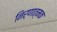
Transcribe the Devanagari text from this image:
निर्णात्मक